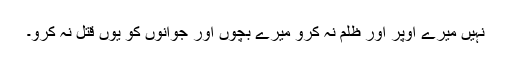
نہیں میرے اوپر اور ظلم نہ کرو میرے بچوں اور جوانوں کو یوں قتل نہ کرو۔